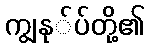
ကျွနု်ပ်တို့၏